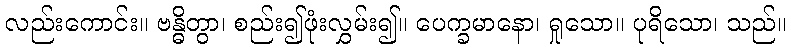
လည်းကောင်း။ ဗန္ဓိတွာ၊ စည်း၍ဖုံးလွှမ်း၍။ ပေက္ခမာနော၊ ရှုသော။ ပုရိသော၊ သည်။